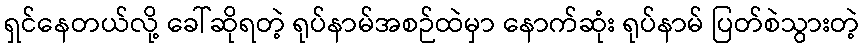
ရှင်နေတယ်လို့ ခေါ်ဆိုရတဲ့ ရုပ်နာမ်အစဉ်ထဲမှာ နောက်ဆုံး ရုပ်နာမ် ပြတ်စဲသွားတဲ့